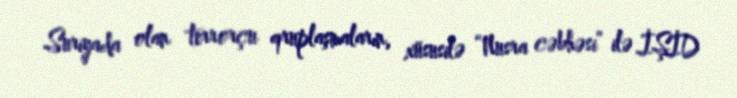
Suriyada olan terrorçu qruplaşmaların, xüsusilə “Nusra cəbhəsi” ilə İŞİD